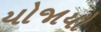
યોજાયો